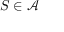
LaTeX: S \in { \mathcal { A } }